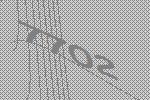
7702